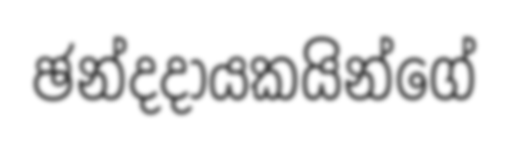
ඡන්දදායකයින්ගේ